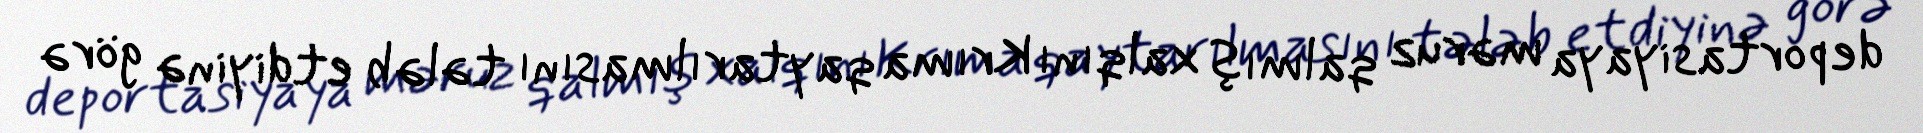
deportasiyaya məruz qalmış xalqını Krıma qaytarılmasını tələb etdiyinə görə